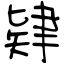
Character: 肄